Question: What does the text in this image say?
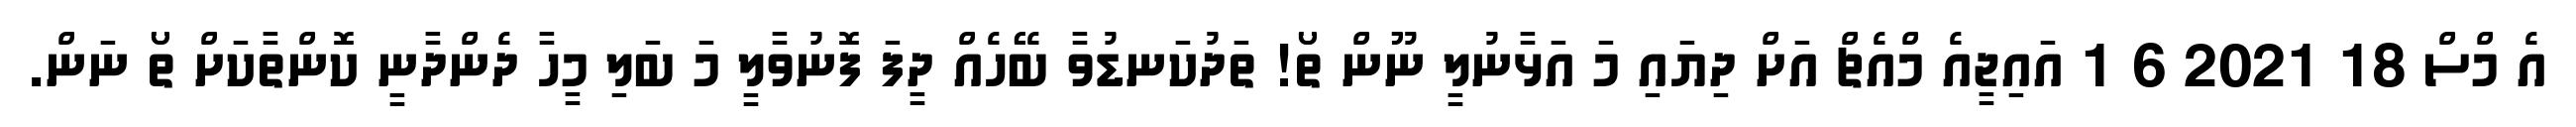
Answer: އެ މްސް 18 2021 6 1 އައިޖީއެ މްއެޗް އަށް ދިޔައި މަ އަޅާނުލީ ނޫން ތޯ! ތަދުކަނޑުވާ ބޭހެއް ދީފަ ފޮނުވާލީ މަ ބަލި މީހާ ދެންދާނީ ކޮންތާކަށް ތޯ ނަން.